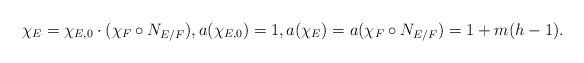
\begin{align*} \chi_E=\chi_{E,0}\cdot (\chi_F\circ N_{E/F}), a(\chi_{E,0})=1,a(\chi_E)=a(\chi_F\circ N_{E/F})=1+m(h-1). \end{align*}